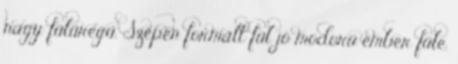
nagy fülüregű. Szépen formált fül jó modorú ember füle.